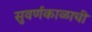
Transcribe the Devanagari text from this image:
सुवर्णकाळाची